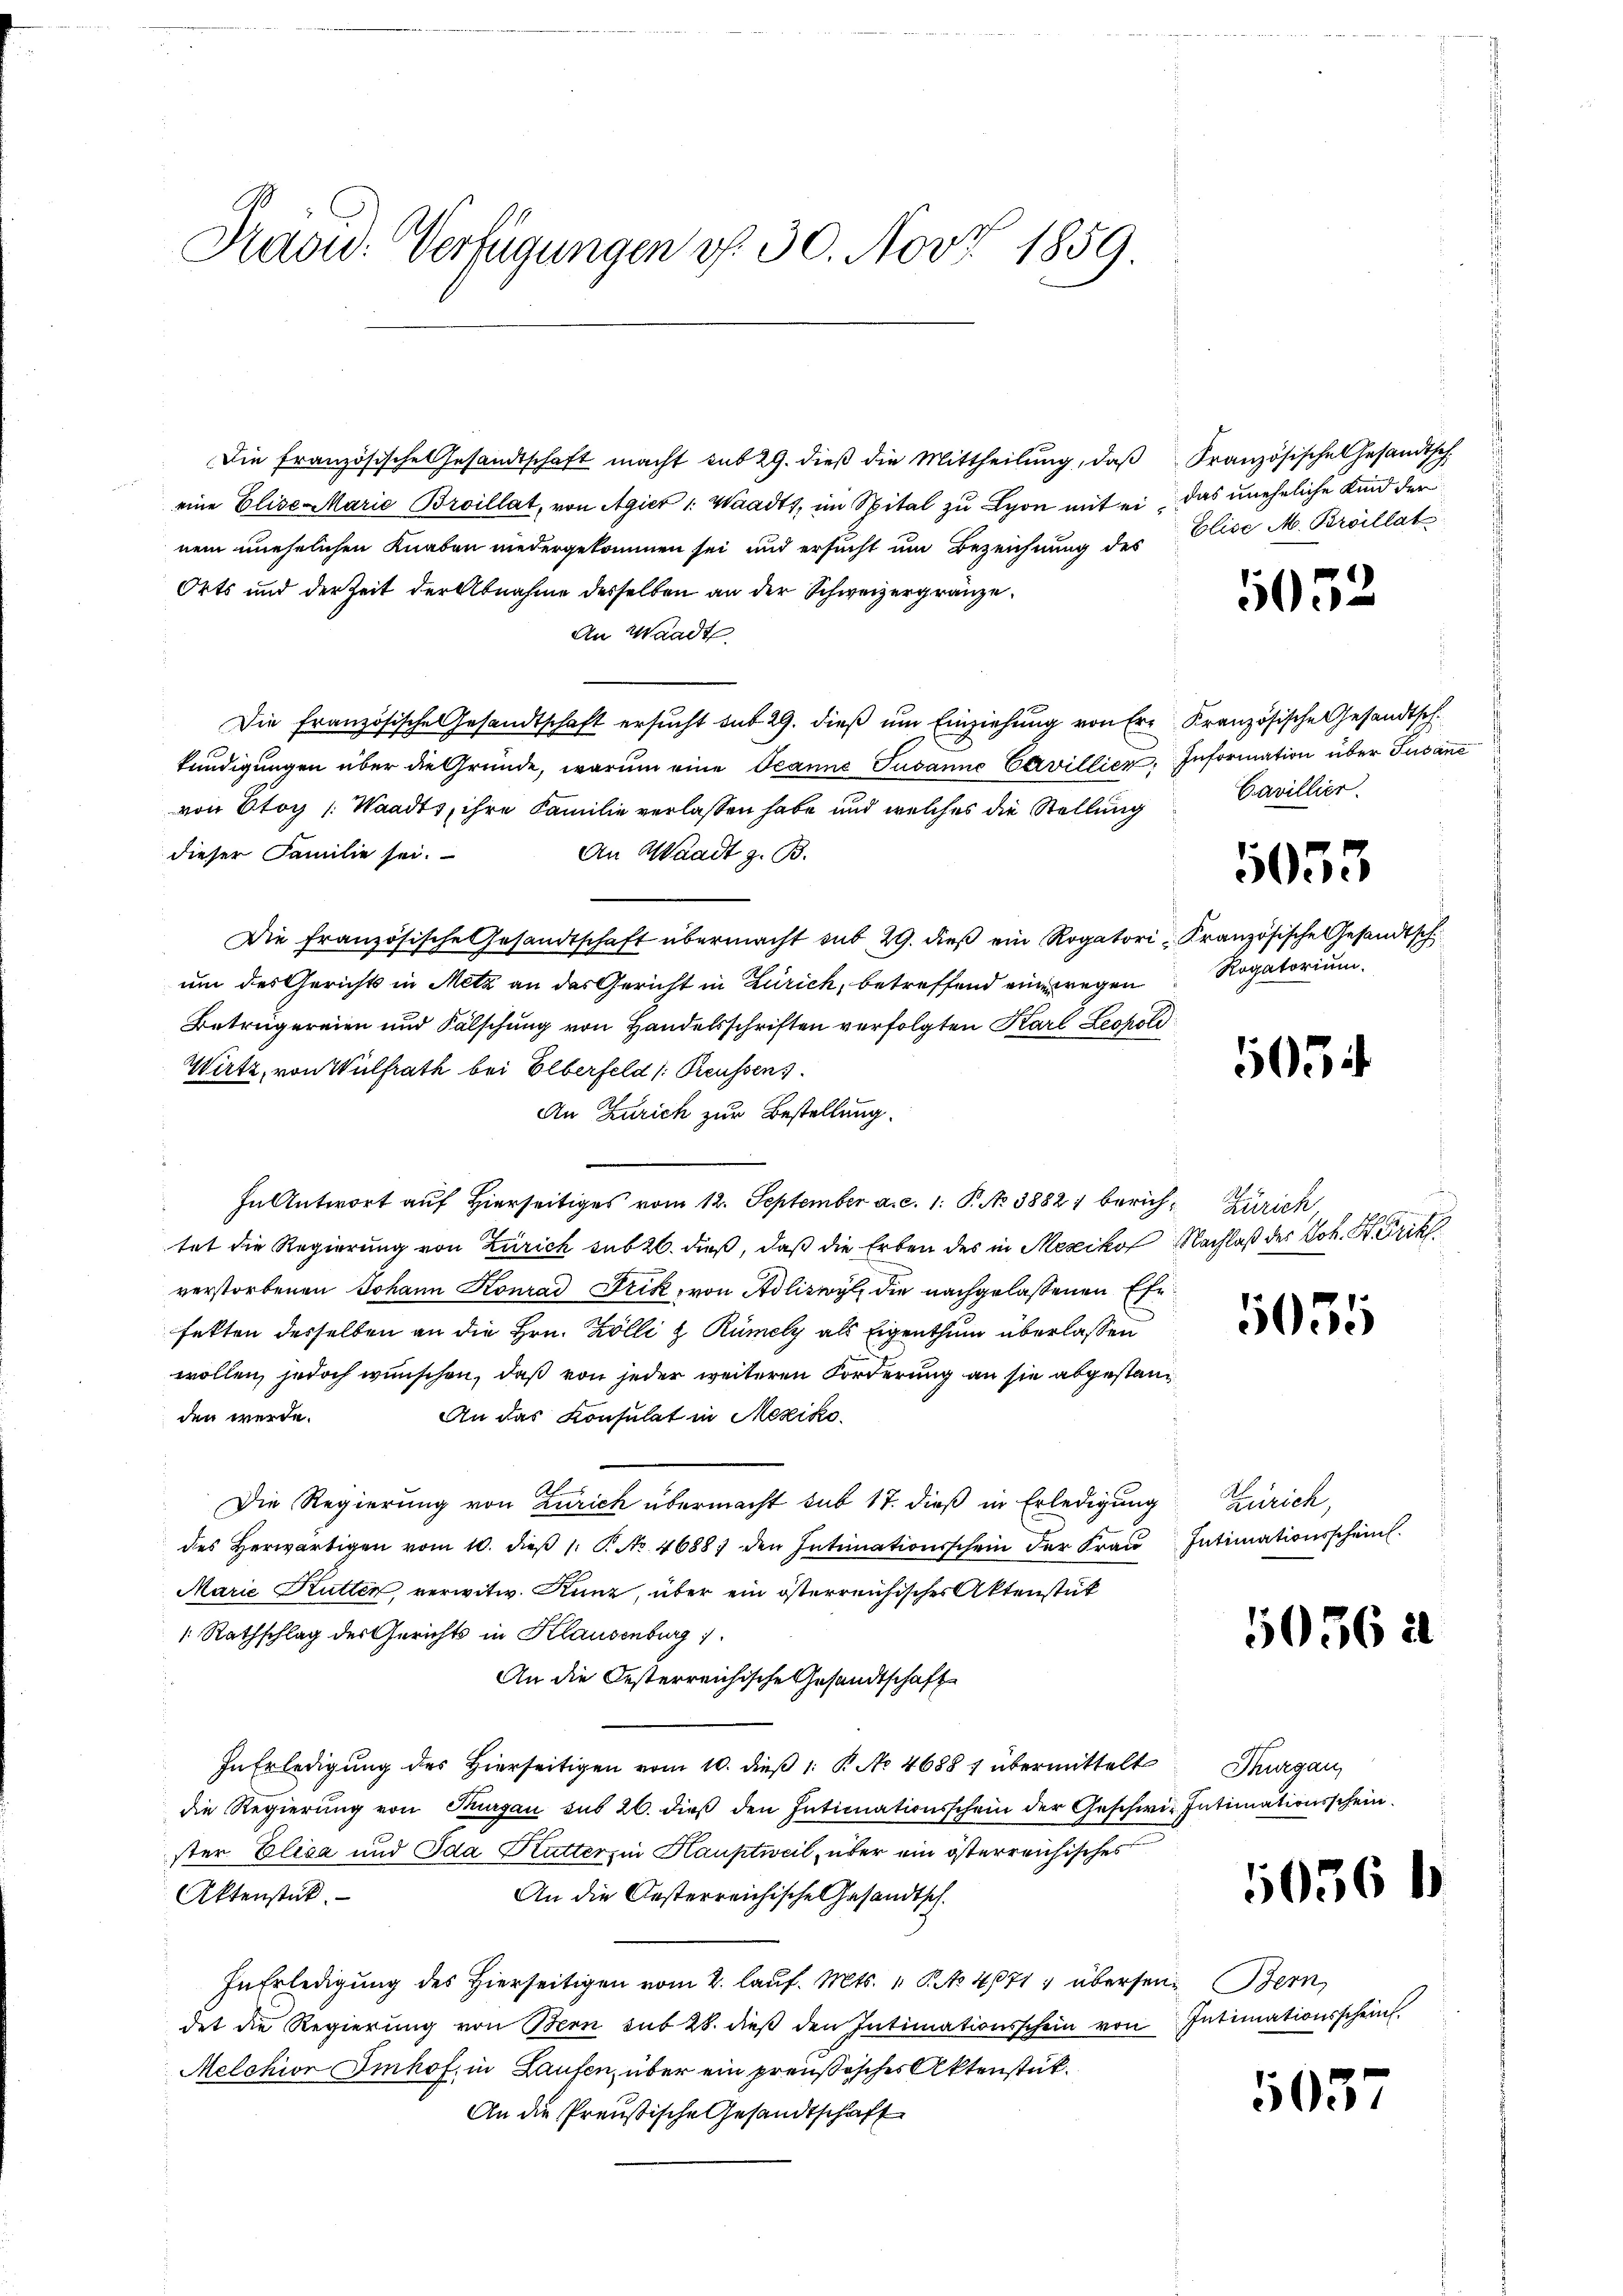
Radw. Verfügungen d. 30. Nov. 1859.

Die Französische Gesandtschaft macht sub 29. dieβ die Mittheilŭng, daβ Französische Gesandtsch.

eine Elise Marie Broillat, von Agier : Waadt, im Spital zu Lyon mit ei das uneheliche Kind der
nem unehelichen Knaben niedergekommen sei und ersucht um Bezeichnung des Elise M. Brollat
Orts und der Zeit der Abnahme desselben an der Schweizergränze
An Waadt
Die französische Gesandtschaft ersucht sub 29. dieß um Einziehung von Er Kranzösische Gesandtsch
kundigungen über die Gründe, warum eine Oeanne Susanne Carvillier, Information über Susane
von Etoy (Waadts, ihre Familie verlassen habe und welches die Stellung
dieser Familie sei.
An Waadt z. B.
Die französische Gesandtschaft übermacht sub 29. dieβ ein Rogatori Kranzösische Gesandtsch
um des Gerichts in Metz an das Gericht in Zürich, betreffend eine wegen
Betrügereien und Fälschung von Handelsschriften verfolgten Karl Leopoli
Wirtz, von Wülfrath bei Elberfeld (: Reussen
An Zürich zur Bestellung.
In Antwort auf Hierseitiges vom 12. September a. c. 1. P. No 38821 berich- Zürich,
tet die Regierung von Zürich sub 26. dieß, daß die Erben des in Mexikof Nachlaß des Joh. H. Dritt
verstorbenen Johann Konrad Frik, von Adliswyl die nachgelassenen Ehefetten desselben an die Hrn. Kölli & Rümely als Eigenthum überlassen
wollen, jedoch wünschen, daß von jeder weiteren Forderung an sie abgestanden werde.
An das Konsulat in Mexiko¬
Die Regierung von Zürich übermacht sub 17. dieß in Erledigung
des herwärtigen vom 10. dieβ 1. P. Nr. 4688, den Intimationsschein der Fraŭ Intimationsschein.
Marie Kutten, verwitw. Kunz, über ein österreichischer Aktenstük
1: Rathschlag der Gerichts in Klausenburg
An die Oesterreichische Gesandtschaft
In Erledigung des Hierseitigen vom 10. dieß 1: B. No 4688 1 übermittelt
die Regierung von Thurgau sub 26. dieß den Intimationsschein der Geschwie Intimationsschein
ster Elisa und Ida Kutter in Hauptweil über ein österreichisches
Aktenstück.
An die Oesterreichische Gesandtsch
In Erledigung des Hierseitigen vom 2. Lauf. Mts. 1. No 471, übersen Bern,
det die Regierŭng von Bern sub 28. dieβ den Intimationsschein von Intimationsscheint
Melchior Imhof, in Laufen, über ein preußisches Aktenstük¬
An die Preußische Gesandtschaft

5032

Cavillier.

Rogatorium.

1053

054

5055

Zürich,

5056 à

Thurgau,

5056 b

1037